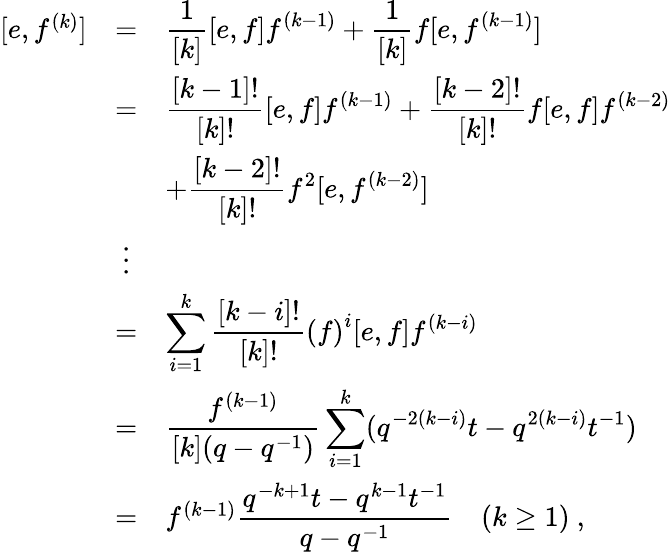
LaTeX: \begin{array}{rcl}{{[e,f^{(k)}]}}&{{=}}&{{\displaystyle\frac{1}{[k]}[e,f]f^{(k-1)}+\frac{1}{[k]}f[e,f^{(k-1)}]}}\\ {{}}&{{=}}&{{\displaystyle\frac{[k-1]!}{[k]!}[e,f]f^{(k-1)}+\frac{[k-2]!}{[k]!}f[e,f]f^{(k-2)}}}\\ {{}}&{{}}&{{\displaystyle+\frac{[k-2]!}{[k]!}f^{2}[e,f^{(k-2)}]}}\\ {{}}&{{\vdots}}&{{}}\\ {{}}&{{=}}&{{\displaystyle\sum_{i=1}^{k}\frac{[k-i]!}{[k]!}\left(f\right)^{i}[e,f]f^{(k-i)}}}\\ {{}}&{{=}}&{{\displaystyle\frac{f^{(k-1)}}{[k](q-q^{-1})}\sum_{i=1}^{k}(q^{-2(k-i)}t-q^{2(k-i)}t^{-1})}}\\ {{}}&{{=}}&{{f^{(k-1)}\displaystyle\frac{q^{-k+1}t-q^{k-1}t^{-1}}{q-q^{-1}}~~~~(k\geq 1)~,}}\end{array}